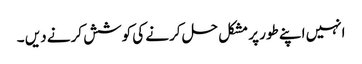
انہیں اپنے طور پر مشکل حل کرنے کی کوشش کرنے دیں ۔